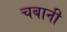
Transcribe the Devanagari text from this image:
चबानी